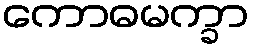
ကောဓမက္ခာ